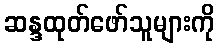
ဆန္ဒထုတ်ဖော်သူများကို